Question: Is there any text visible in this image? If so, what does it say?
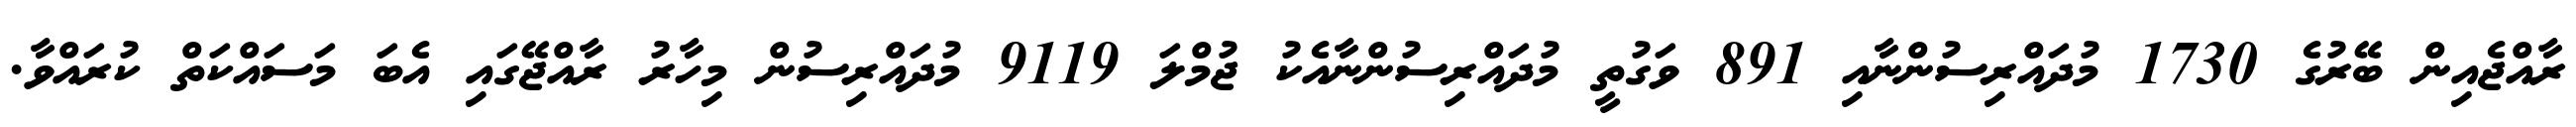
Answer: ރާއްޖެއިން ބޭރުގެ 1730 މުދައްރިސުންނާއި 891 ވަގުތީ މުދައްރިސުންނާއެކު ޖުމްލަ 9119 މުދައްރިސުން މިހާރު ރާއްޖޭގައި އެބަ މަސައްކަތް ކުރައްވާ.